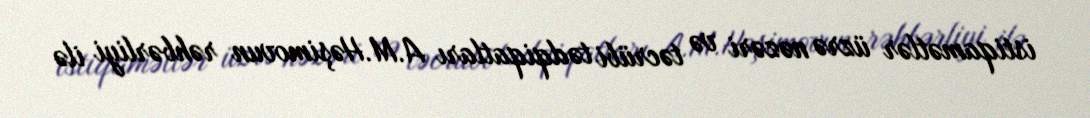
istiqamətlər üzrə nəzəri və təcrübi tədqiqatları A.M.Həşimovun rəhbərliyi ilə